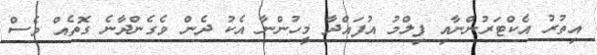
އިތުރު އެކްޓަރުންނާއި ފިލްމު އުފައްދާ މީހުންނާ އެކު ދެން ވެގެންދާނެ ގޮތެއް ވެސް